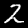
Label: 2